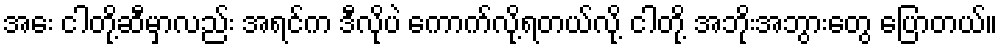
အေး ငါတို့ဆီမှာလည်း အရင်က ဒီလိုပဲ ကောက်လို့ရတယ်လို့ ငါတို့ အဘိုးအဘွားတွေ ပြောတယ်။